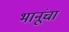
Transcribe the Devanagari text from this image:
भानूंचा